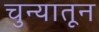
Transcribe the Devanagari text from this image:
चुन्यातून